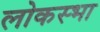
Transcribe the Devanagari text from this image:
लोकस्भा